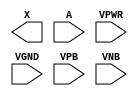
module sky130_fd_sc_ls__clkbuf (
    X   ,
    A   ,
    VPWR,
    VGND,
    VPB ,
    VNB
);

    output X   ;
    input  A   ;
    input  VPWR;
    input  VGND;
    input  VPB ;
    input  VNB ;
endmodule